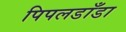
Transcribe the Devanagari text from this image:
पिपलडाँडा